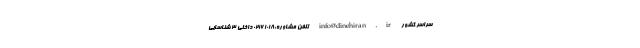
سراسر کشور info@dinehiran.ir تلفن مشاوره:02161018 داخلی 3 شناسایی